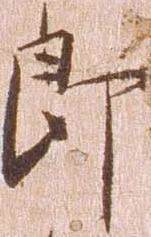
郎